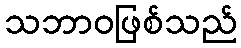
သဘာဝဖြစ်သည်